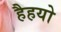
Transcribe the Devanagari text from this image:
हैहयो